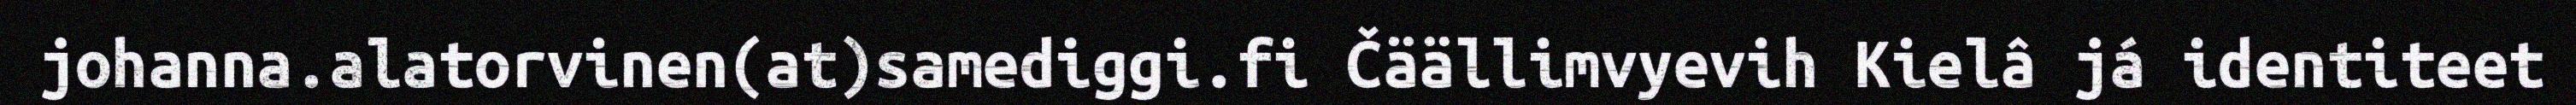
johanna.alatorvinen(at)samediggi.fi Čäällimvyevih Kielâ já identiteet